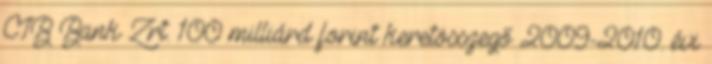
CIB Bank Zrt. 100 milliárd forint keretösszegő 2009-2010. évi